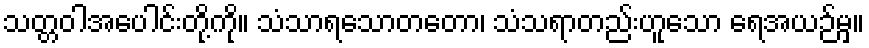
သတ္တဝါအပေါင်းတို့ကို။ သံသာရသောတတော၊ သံသရာတည်းဟူသော ရေအယဉ်မှ။